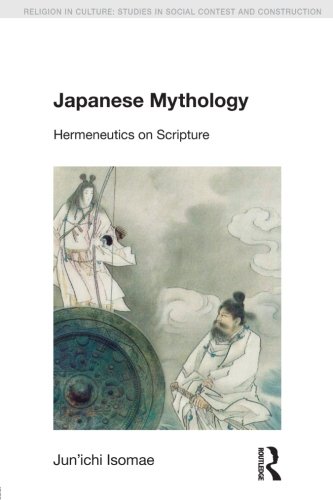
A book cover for Japanese Mythology: Hermeneutics on Scripture (Religion in Culture); Jun'ichi Isomae; Religion & Spirituality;